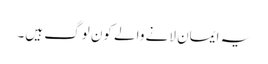
یہ ایمان لانے والے کون لوگ ہیں۔